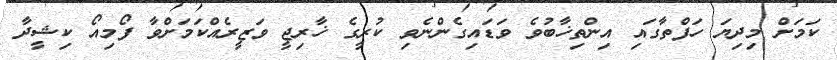
ކަމަށް މިދިޔަ ހަފްތާގައި އިންތިޚާބުވެ ވަޑައިގެންނެވި ކުރީގެ ޚާރިޖީ ވަޒީރެއްކަމަށްވާ ފޯމިއޯ ކިޝީދާ